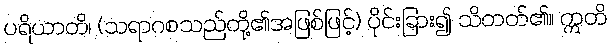
ပရိယာတိ၊ (သရာဂစသည်တို့၏အဖြစ်ဖြင့်) ပိုင်းခြား၍ သိတတ်၏။ ဣတိ